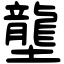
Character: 壟